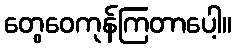
တွေဝေကုန်ကြတာပေါ့။